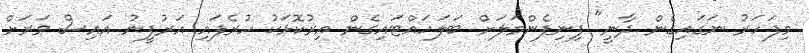
މިފަހަރު ނަގައިގެން ދާނީ" ފިނިފެންމަލަށް ބަލަހައްޓައިގެން އިރުކޮޅަކު ހުރެފައި އަރުފީނު އައިސް ވަރަށް